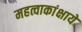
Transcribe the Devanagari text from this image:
महत्वाकांक्षायें